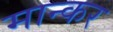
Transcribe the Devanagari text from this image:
मान्कर